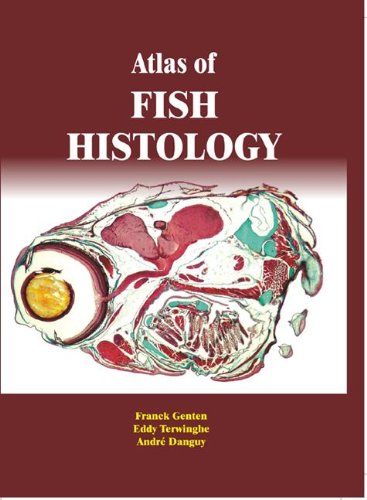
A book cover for Atlas of Fish Histology; Franck Genten; Medical Books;